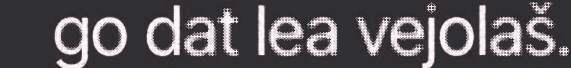
go dat lea vejolaš.